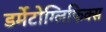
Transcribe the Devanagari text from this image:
डर्मेटोग्लिफिक्स